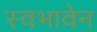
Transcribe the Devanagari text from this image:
स्वभावेन